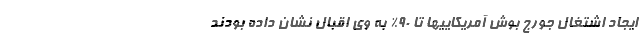
ایجاد اشتغال جورج بوش آمریکاییها تا 90% به وی اقبال نشان داده بودند